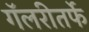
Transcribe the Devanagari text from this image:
गॅलरीतर्फे